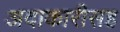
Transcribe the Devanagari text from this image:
अदाकारीसह